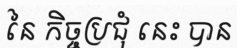
នៃ កិច្ចប្រជុំ នេះ បាន